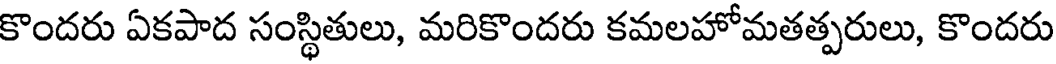
కొందరు ఏకపాద సంస్థితులు, మరికొందరు కమలహోమతత్పరులు, కొందరు